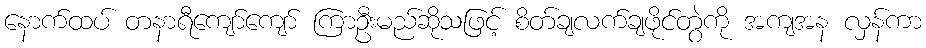
နောက်ထပ် တနာရီကျော်ကျော် ကြာဦးမည်ဆိုသဖြင့် စိတ်ချလက်ချဖိုင်တွဲကို အကျအန လှန်ကာ